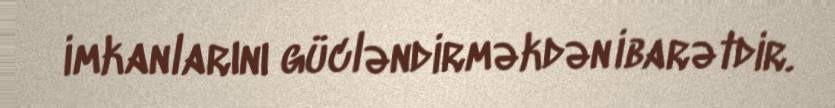
imkanlarını gücləndirməkdən ibarətdir.